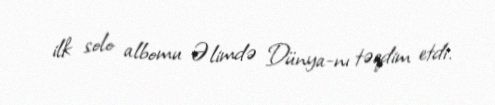
ilk solo albomu Əlimdə Dünya-nı təqdim etdi.